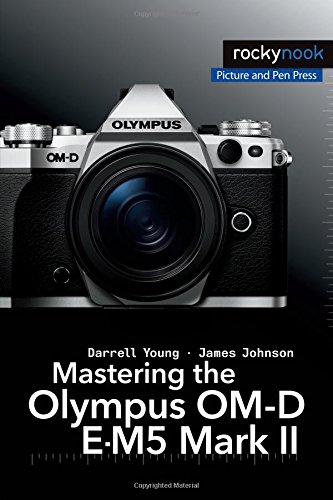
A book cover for Mastering the Olympus OM-D E-M5 Mark II; Darrell Young; Arts & Photography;